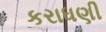
કરાધણી